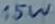
Text: 15W